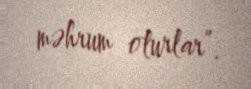
məhrum olurlar”.